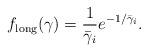
LaTeX: \begin{align*}f_\mathrm{long}(\gamma) = \frac{1}{\bar{\gamma}_i}e^{-1/\bar{\gamma}_i}.\end{align*}